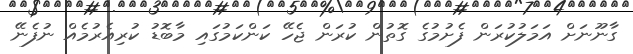
ގާނޫނަށް އަމަލުކުރަން ފެށުމުގެ ގޮތުން ކުރަން ޖެހޭ ކަންކަމުގައި މާބޮޑު ކުރިއެރުމެއް ނުފެނޭ